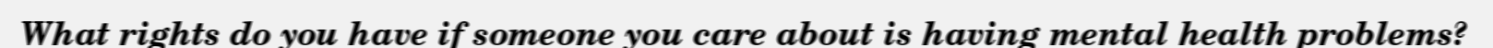
What rights do you have if someone you care about is having mental health problems?